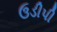
ઉડીપી